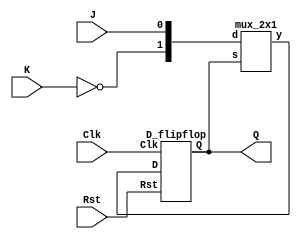
//JK Flip Flop with negetive reset
module JK_flipflop(Q, J, K, Clk, Rst);
    output Q;
    input J, K, Clk, Rst;

    wire JK, k_not;

    not (k_not, K);
    mux_2x1 m1(JK, Q, {k_not, J} );
    D_flipflop m2(Q, JK, Clk, Rst);

endmodule

//D Flipflop with negetive reset
module D_flipflop(Q, D, Clk, Rst);
    output Q;
    input D, Clk, Rst;
    reg Q;

    always @(posedge Clk, negedge Rst)
        if (!Rst) Q <= 1'b0;
        else Q <= D;
endmodule

module mux_2x1 (y, s, d);
    output y;
    input s;
    input [1:0] d;

    wire not_s, d0_out, d1_out;
    not (not_s, s);
    nand (d0_out, not_s, d[0]);
    nand (d1_out, s, d[1]);
    nand (y, d0_out, d1_out);

endmodule

module JK_flipflop_tb;
    reg J, K, Clk, Rst;
    wire Q;

    JK_flipflop UUT(Q, J, K, Clk, Rst);
    
    initial begin 
        Clk = 1'b0;
        Rst = 1;
        J <= 0;
        K <= 0;
        #10;
        Rst = 0;
        J <= 0;
        K <= 0;
        Clk = ~Clk;
        #10;
        Rst = 1;
        J <= 0;
        K <= 0;
        Clk = ~Clk;
        #10 Clk = ~Clk;
        #10;
        Rst = 1;
        J <= 0;
        K <= 1;
        Clk = ~Clk;
        #10 Clk = ~Clk;
        #10;
        Rst = 1;
        J <= 1;
        K <= 0;
        Clk = ~Clk;
        #10 Clk = ~Clk;
        #10;
        Rst = 1;
        J <= 1;
        K <= 1;
        Clk = ~Clk;
        #10 Clk = ~Clk;
    end 
    initial $monitor("J = %b, K = %b, Clk = %b, Rst = %b, Q = %b", J, K, Clk, Rst, Q); 

endmodule